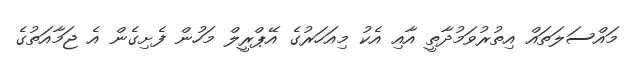
މައްސަލަތައް އިތުރުވަމުދާތީ އާއި އެކު މިއަހަރުގެ އޭޕްރީލް މަހުން ފެށިގެން އެ ޖަމާއަތުގެ